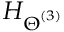
H _ { \boldsymbol \Theta ^ { ( 3 ) } }